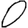
Digit: 0